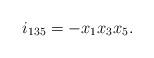
LaTeX: \begin{align*} i_{135} = -x_1x_3x_5.\end{align*}